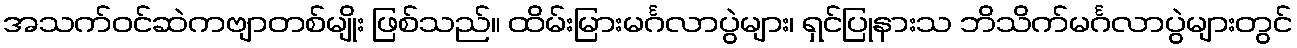
အသက်ဝင်ဆဲကဗျာတစ်မျိုး ဖြစ်သည်။ ထိမ်းမြားမင်္ဂလာပွဲများ၊ ရှင်ပြုနားသ ဘိသိက်မင်္ဂလာပွဲများတွင်